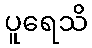
ပူရေသိ